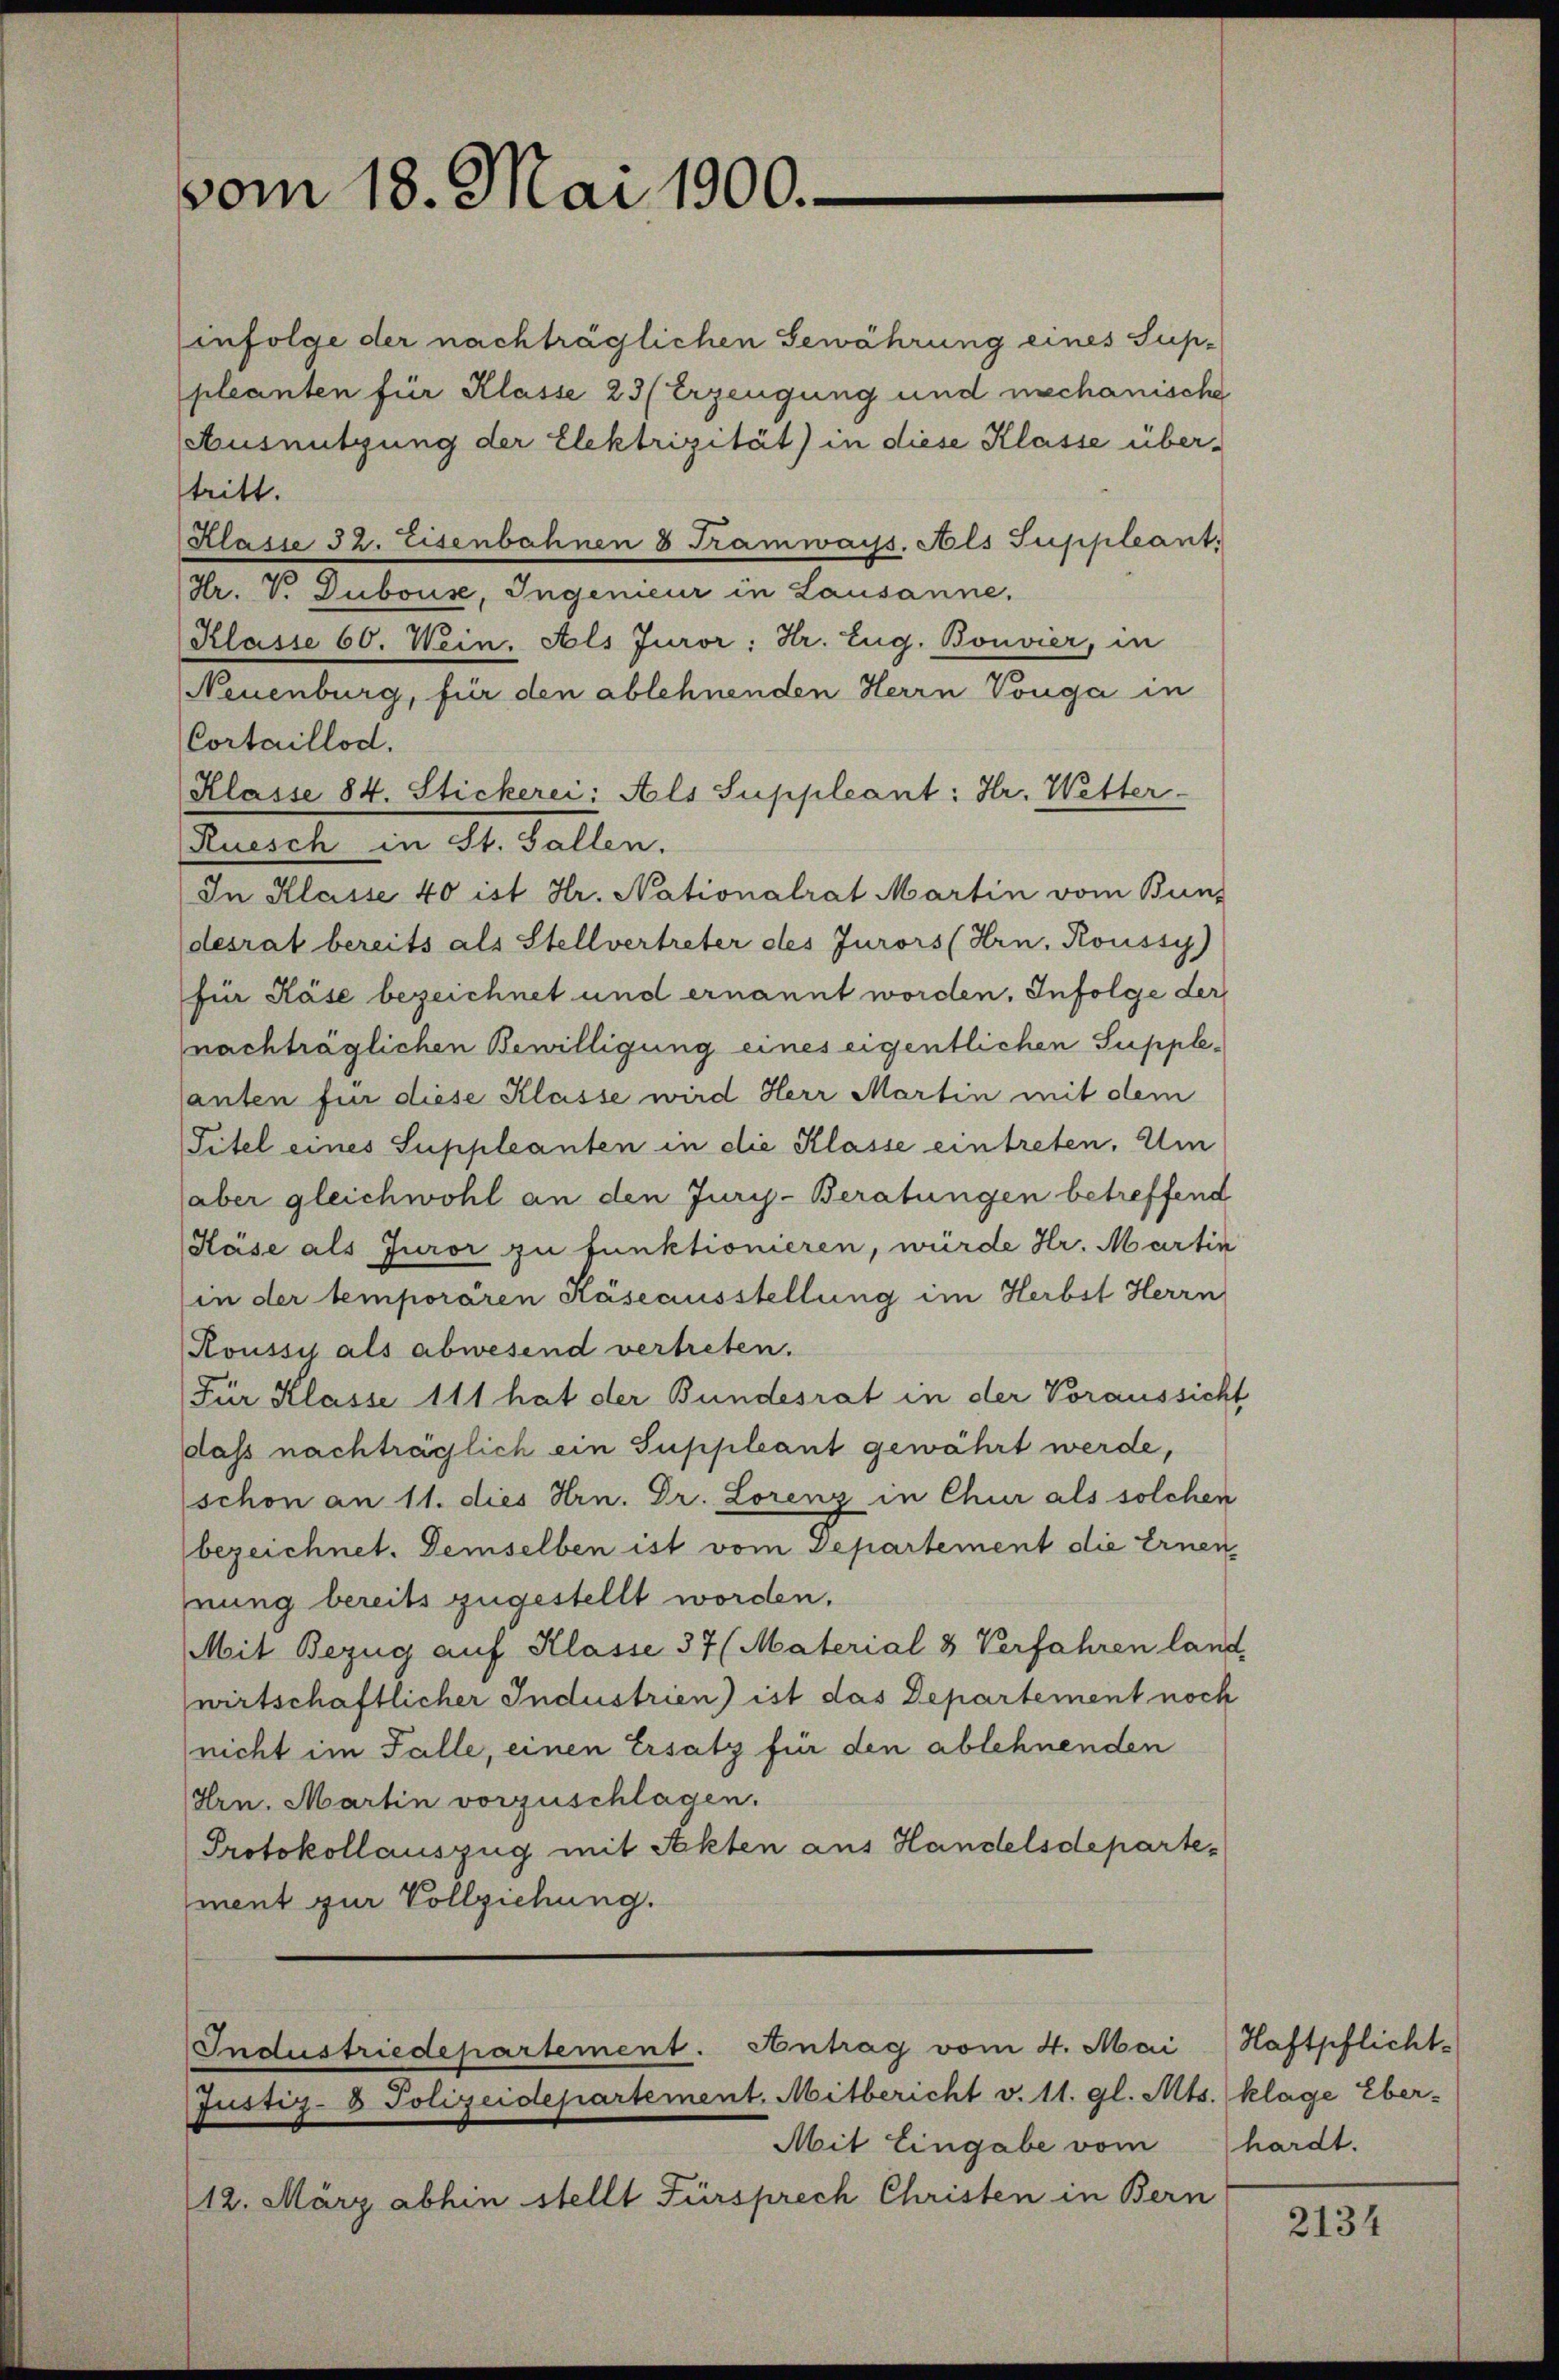
vom 18. Mai 1900.

infolge der nachträglichen Gewährung eines Suppleanten für Klasse 23 (Erzeugung und nachanische
Ausnützung der Elektrizität) in diese Klasse über-
tritt.
Klasse 32. Eisenbahnen 8 Tramwayss. Als Suppleant
Hr. V. Dubouse, Ingenieur in Lausanne,
Klasse 60. Wein. Als Juror: Hr. Zug. Bonvier, in
Neuenburg, für den ablehnenden Herrn Vouga in
Cortaillod.
Klasse 84. Stickerei: Als Suppleant: Hr. Wetter
Kuesch in St. Gallen.
In Klasse 40 ist Hr. Nationalrat Martin vom Bun-
desrat bereits als Stellvertreter des Jurors (Arn, Roussy)
für Käse bezeichnet und ernannt worden. Infolge der
nachträglichen Bewilligung eines eigentlichen Suppleanten für diese Klasse wird Herr Martin mit dem
Titel eines Suppleanten in die Klasse eintreten. Um
aber gleichwohl an den Jury-Beratungen betreffend
Käse als Juror zu funktionieren, würde Hr. Martin
(in der temporären Käseausstellung im Herbst Herrn
Roussi als abwesend vertreten.
Für Klasse 111 hat der Bundesrat in der Voraussicht
daß nachträglich ein Suppleant gewährt werde,
schon an 11. dies Hrn. Dr. Lorenz in Chur als solchen
bezeichnet. Demselben ist vom Departement die Ernen
hnung bereits zugestellt worden.
Mit Bezug auf Klasse 37 (Material 3 Verfahren land
wirtschaftlicher Industrien) ist das Departement noch
nicht im Falle, einen Ersatz für den ablehnenden
Hrn. Martin vorzuschlagen.
Protokollauszug mit Sekten aus Handelsdepartement zur Vollziehung.

Industriedepartement. Antrag vom 4. Mai Haftpflicht¬
Justiz- & Polizeidepartement. Mitbericht v. 11. gl. Mts. klage Eber-

Mit Eingabe vom hardt.
12. März abhin stellt Fürsprech Christen in Bern

2134